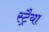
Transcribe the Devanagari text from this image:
स्ट्रैया